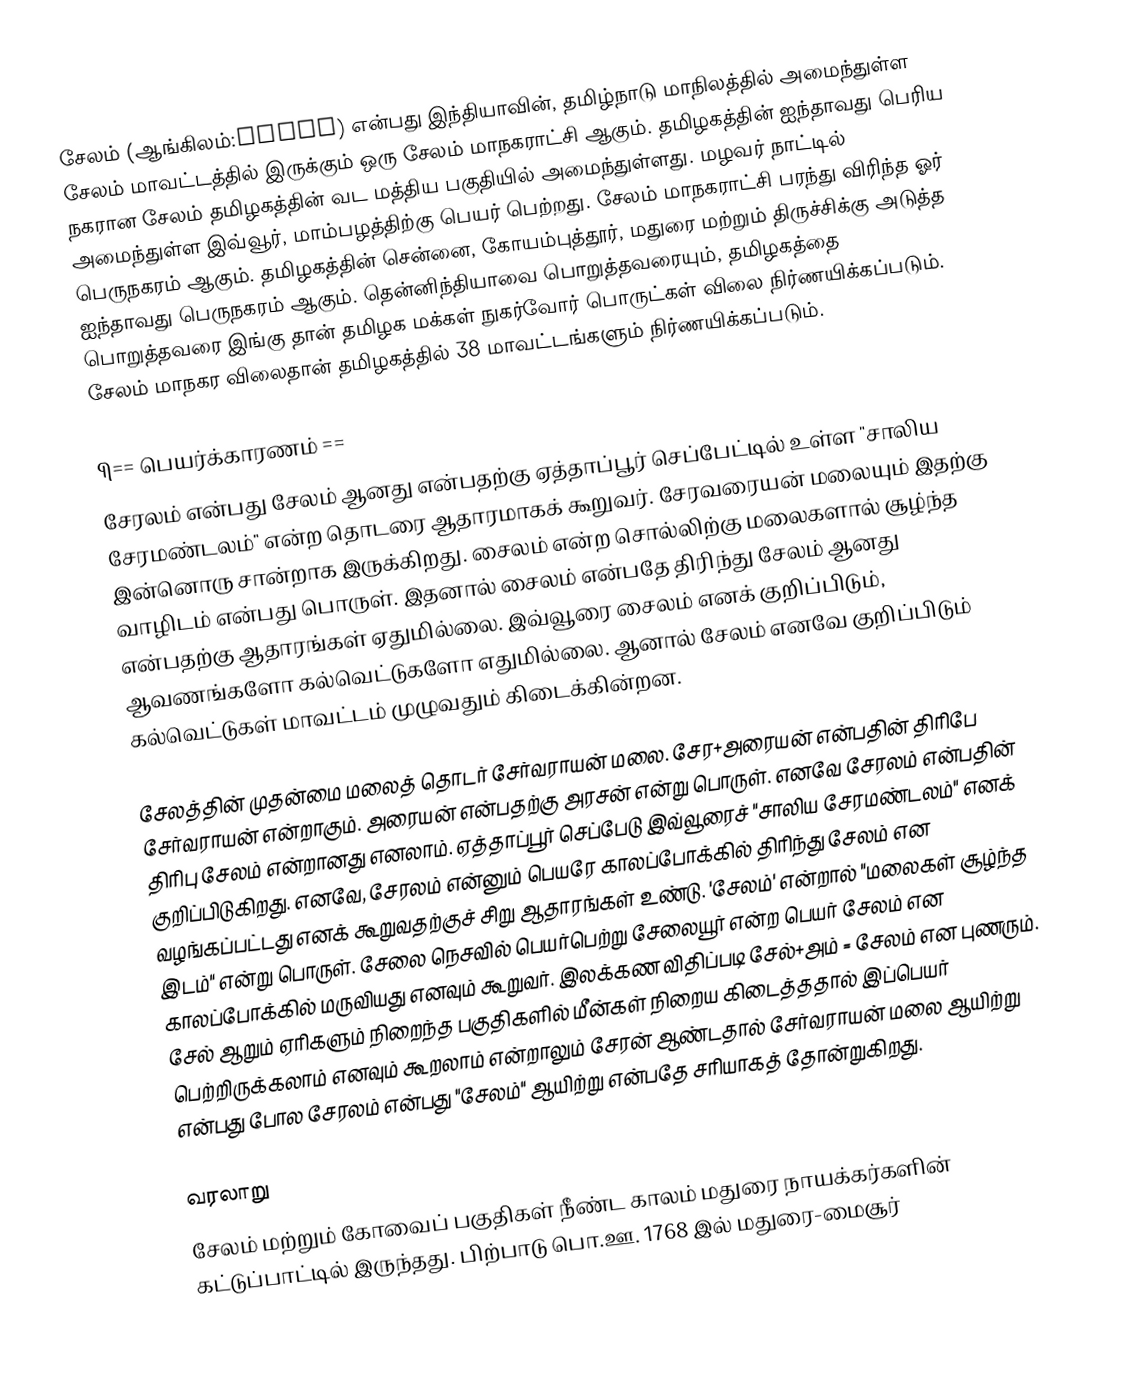
சேலம் (ஆங்கிலம்:Salem) என்பது இந்தியாவின், தமிழ்நாடு மாநிலத்தில் அமைந்துள்ள சேலம் மாவட்டத்தில் இருக்கும் ஒரு சேலம் மாநகராட்சி ஆகும். தமிழகத்தின் ஐந்தாவது பெரிய நகரான சேலம் தமிழகத்தின் வட மத்திய பகுதியில் அமைந்துள்ளது. மழவர் நாட்டில் அமைந்துள்ள இவ்வூர், மாம்பழத்திற்கு பெயர் பெற்றது. சேலம் மாநகராட்சி பரந்து விரிந்த ஓர் பெருநகரம் ஆகும். தமிழகத்தின் சென்னை, கோயம்புத்தூர், மதுரை மற்றும் திருச்சிக்கு அடுத்த ஐந்தாவது பெருநகரம் ஆகும். தென்னிந்தியாவை பொறுத்தவரையும், தமிழகத்தை பொறுத்தவரை இங்கு தான் தமிழக மக்கள் நுகர்வோர் பொருட்கள் விலை நிர்ணயிக்கப்படும். சேலம் மாநகர விலைதான் தமிழகத்தில் 38 மாவட்டங்களும் நிர்ணயிக்கப்படும்.

¶== பெயர்க்காரணம் ==
சேரலம் என்பது சேலம் ஆனது என்பதற்கு ஏத்தாப்பூர் செப்பேட்டில் உள்ள "சாலிய சேரமண்டலம்" என்ற தொடரை ஆதாரமாகக் கூறுவர். சேரவரையன் மலையும் இதற்கு இன்னொரு சான்றாக இருக்கிறது. சைலம் என்ற சொல்லிற்கு மலைகளால் சூழ்ந்த வாழிடம் என்பது பொருள். இதனால் சைலம் என்பதே திரிந்து சேலம் ஆனது என்பதற்கு ஆதாரங்கள் ஏதுமில்லை. இவ்வூரை சைலம் எனக் குறிப்பிடும், ஆவணங்களோ கல்வெட்டுகளோ எதுமில்லை. ஆனால் சேலம் எனவே குறிப்பிடும் கல்வெட்டுகள் மாவட்டம் முழுவதும் கிடைக்கின்றன.

சேலத்தின் முதன்மை மலைத் தொடர் சேர்வராயன் மலை. சேர+அரையன் என்பதின் திரிபே சேர்வராயன் என்றாகும். அரையன் என்பதற்கு அரசன் என்று பொருள். எனவே சேரலம் என்பதின் திரிபு சேலம் என்றானது எனலாம். ஏத்தாப்பூர் செப்பேடு இவ்வூரைச் "சாலிய சேரமண்டலம்" எனக் குறிப்பிடுகிறது. எனவே, சேரலம் என்னும் பெயரே காலப்போக்கில் திரிந்து சேலம் என வழங்கப்பட்டது எனக் கூறுவதற்குச் சிறு ஆதாரங்கள் உண்டு. 'சேலம்' என்றால் "மலைகள் சூழ்ந்த இடம்" என்று பொருள். சேலை நெசவில் பெயர்பெற்று சேலையூர் என்ற பெயர் சேலம் என காலப்போக்கில் மருவியது எனவும் கூறுவர். இலக்கண விதிப்படி சேல்+அம் = சேலம் என புணரும். சேல் ஆறும் ஏரிகளும் நிறைந்த பகுதிகளில் மீன்கள் நிறைய கிடைத்ததால் இப்பெயர் பெற்றிருக்கலாம் எனவும் கூறலாம் என்றாலும் சேரன் ஆண்டதால் சேர்வராயன் மலை ஆயிற்று என்பது போல சேரலம் என்பது "சேலம்" ஆயிற்று என்பதே சரியாகத் தோன்றுகிறது.

வரலாறு
சேலம் மற்றும் கோவைப் பகுதிகள் நீண்ட காலம் மதுரை நாயக்கர்களின் கட்டுப்பாட்டில் இருந்தது. பிற்பாடு பொ.ஊ. 1768 இல் மதுரை-மைசூர்